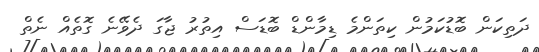
ދަތިކަން ބޮޑުކަމުން ކިތަންމެ ޑިމާންޑް ބޮޑަސް އިތުރު ޖާގަ ދެވޭނެ ގޮތެއް ނެތް